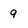
Character: 9